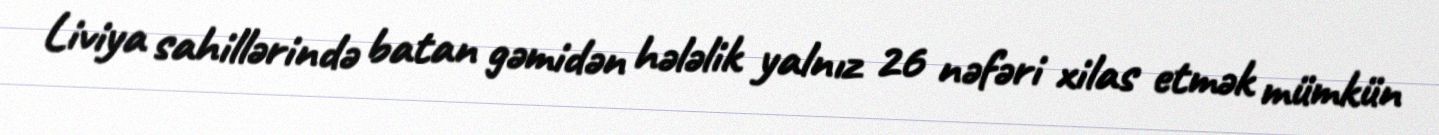
Liviya sahillərində batan gəmidən hələlik yalnız 26 nəfəri xilas etmək mümkün